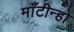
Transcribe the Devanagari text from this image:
माँटीन्हो